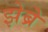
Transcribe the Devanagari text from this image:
झेब्रे